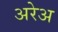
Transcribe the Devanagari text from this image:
अरेअ